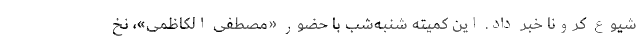
شیوع کرونا خبر داد. این کمیته شنبه‌شب با حضور «مصطفی الکاظمی»، نخ